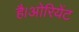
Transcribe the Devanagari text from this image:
है।ओरियेंट